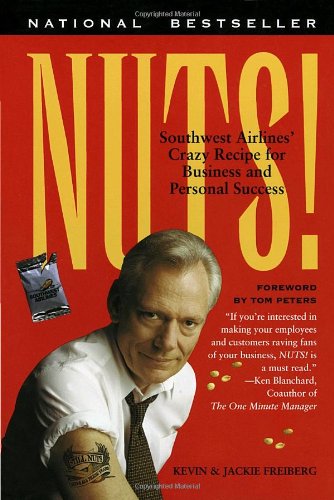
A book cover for Nuts!; Kevin Freiberg; Engineering & Transportation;